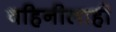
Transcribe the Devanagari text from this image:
वहिनीलाही